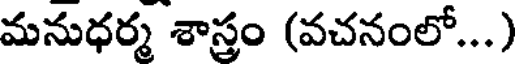
మనుధర్మ శాస్త్రం (వచనంలో...)